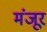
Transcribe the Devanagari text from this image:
मंंजूर